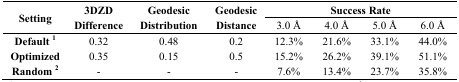
<table><thead><tr><td rowspan="2"><b>Setting</b></td><td rowspan="2"><b>3DZD Difference</b></td><td rowspan="2"><b>Geodesic Distribution</b></td><td rowspan="2"><b>Geodesic Distance</b></td><td colspan="4"><b>Success Rate</b></td></tr><tr><td><b>3.0 Å</b></td><td><b>4.0 Å</b></td><td><b>5.0 Å</b></td><td><b>6.0 Å</b></td></tr></thead><tbody><tr><td><b>Default <sup>1</sup></b></td><td>0.32</td><td>0.48</td><td>0.2</td><td>12.3%</td><td>21.6%</td><td>33.1%</td><td>44.0%</td></tr><tr><td><b>Optimized </b></td><td>0.35</td><td>0.15</td><td>0.5</td><td>15.2%</td><td>26.2%</td><td>39.1%</td><td>51.1%</td></tr><tr><td><b>Random <sup>2</sup></b></td><td>-</td><td>-</td><td>-</td><td>7.6%</td><td>13.4%</td><td>23.7%</td><td>35.8%</td></tr></tbody></table>